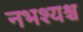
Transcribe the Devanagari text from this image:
नभश्यश्च